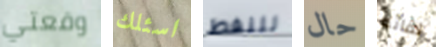
وقعتي اسئلك للنفط حال لقائه